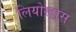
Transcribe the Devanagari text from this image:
लियोस्ट्रास